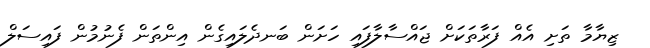
ޒިޔާމާ ތަށި އެއް ފަރާތަކަށް ޖައްސާލާފައި ހަށަން ބަނދެލައިގެން އިންތަން ފެނުމުން ފައިސަލް